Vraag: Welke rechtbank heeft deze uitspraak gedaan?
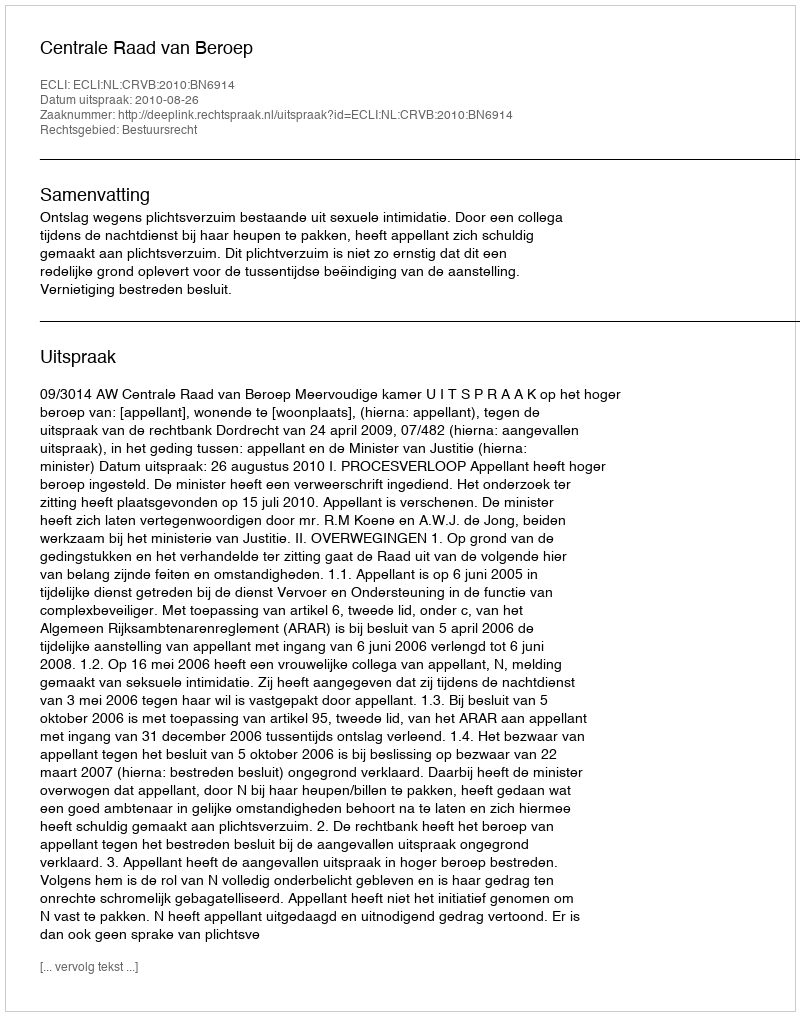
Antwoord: Centrale Raad van Beroep